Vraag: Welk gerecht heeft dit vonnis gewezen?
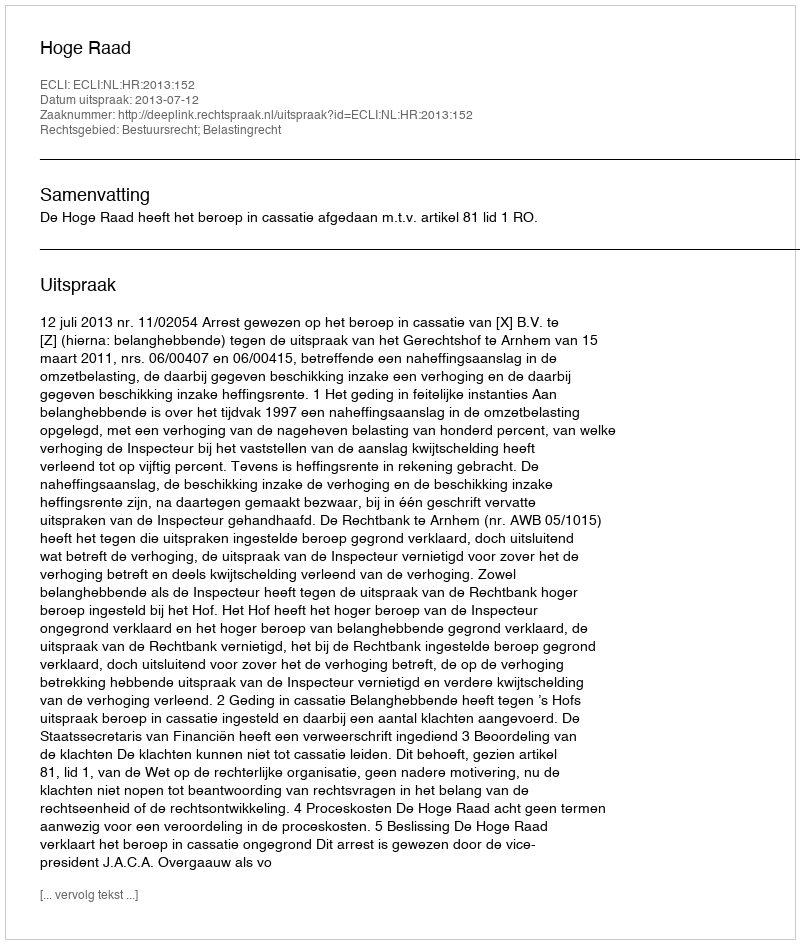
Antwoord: Hoge Raad